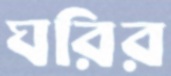
ঘরির